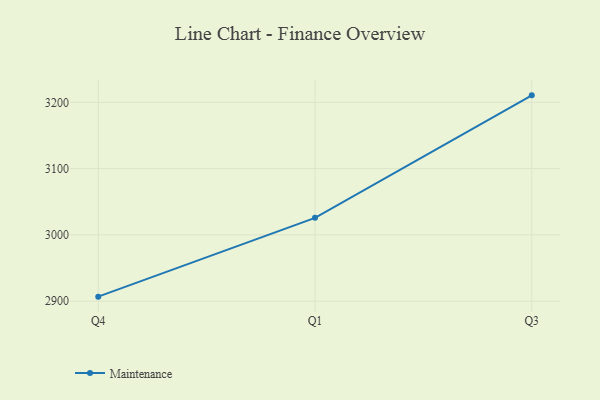
{"axis": {"x": "Quarter", "y": "Page Views"}, "legend": ["Maintenance"], "data": [{"x": "Q4", "y": 2906.8, "type": "Maintenance"}, {"x": "Q1", "y": 3025.7, "type": "Maintenance"}, {"x": "Q3", "y": 3210.5, "type": "Maintenance"}]}